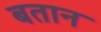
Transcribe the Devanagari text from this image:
बतान